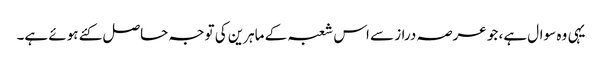
یہی وہ سوال ہے، جو عرصہ دراز سے اس شعبہ کے ماہرین کی توجہ حاصل کئے ہوئے ہے۔